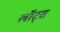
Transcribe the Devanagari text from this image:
लॉट्स